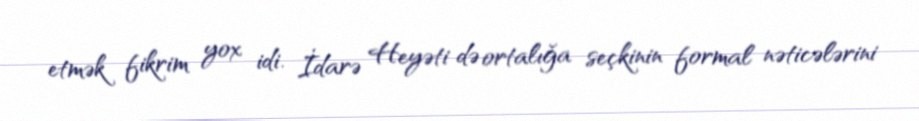
etmək fikrim yox idi. İdarə Heyəti də ortalığa seçkinin formal nəticələrini